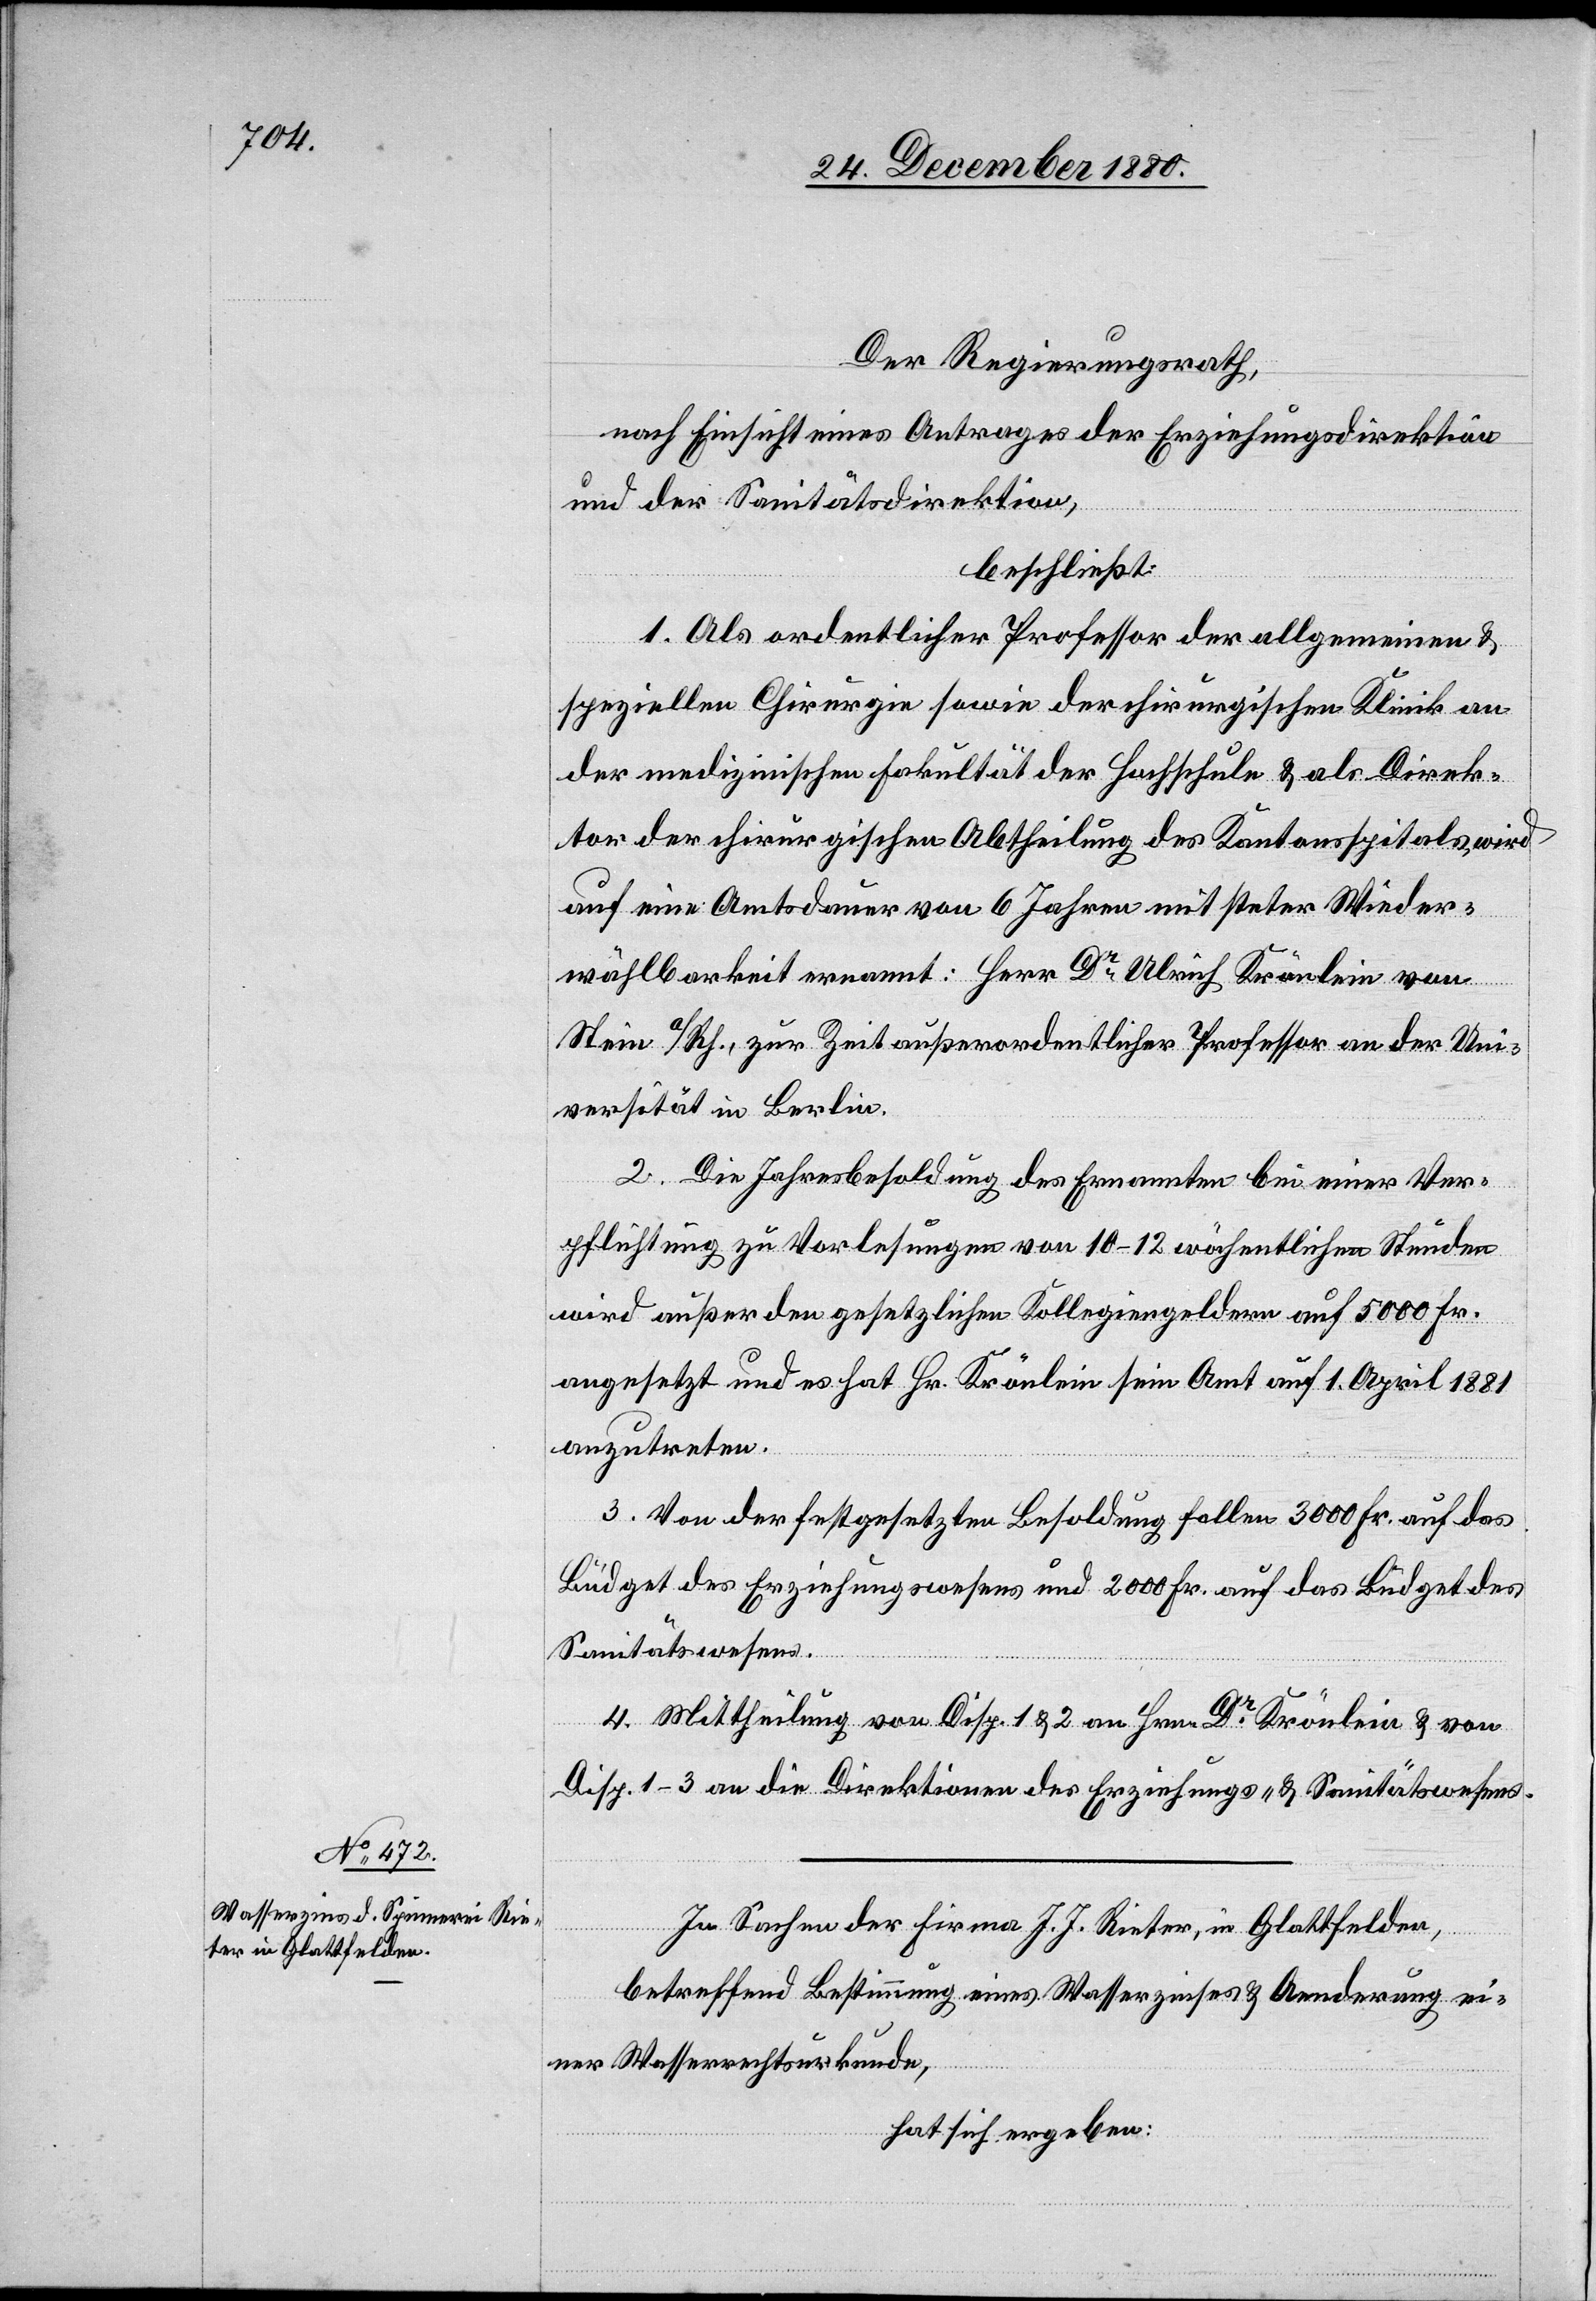
Der Regierungsrath,
nach Einsicht eines Antrages der Erziehungsdirektion
und der Sanitätsdirektion,
beschließt:
1. Als ordentlicher Professor der allgemeinen &
speziellen Chirurgie sowie der chirurgischen Klinik an
der medizinischen Fakultät der Hochschule & als Direk¬
tor der chirurgischen Abtheilung des Kantonsspitals wird
auf eine Amtsdauer von 6 Jahren mit steter Wieder¬
wählbarkeit ernannt: Herr Dr Ulrich Krönlein von
Stein a/Rh., zur Zeit außerordentlicher Professor an der Uni¬
versität in Berlin.
2. Die Jahresbesoldung des Ernannten bei einer Ver¬
pflichtung zu Vorlesungen von 10–12 wöchentlichen Stunden
wird außer den gesetzlichen Kollegiengeldern auf 5000 Fr.
angesetzt und es hat Hr. Krönlein sein Amt auf 1. April 1881
anzutreten.
3. Von der festgesetzten Besoldung fallen 3000 Fr. auf das
Büdget des Erziehungswesens und 2000 Fr. auf das Büdget des
Sanitätswesens.
4. Mittheilung von Disp. 1 & 2 an Hrn. Dr Krönlein & von
Disp. 1–3 an die Direktion des Erziehungs- & Sanitätswesens.